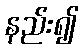
နည်း၍